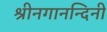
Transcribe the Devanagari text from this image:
श्रीनगानन्दिनी